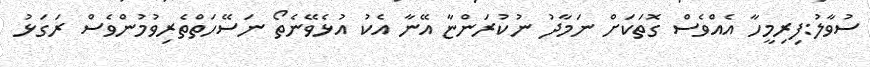
ސުވާލު:ފިރިމީހާ އެއްވެސް ގޮތަކަށް ނަމާދު ނުކުރަންޏާ އޭނާ އެކު އުޅެވޭނެތޯ ނަސޭހަތްތެރިވުމުންވެސް ރަގަޅު